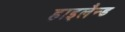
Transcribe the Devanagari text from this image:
हाइलैन्ड